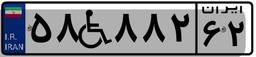
۵۸W۸۸۲۶۲